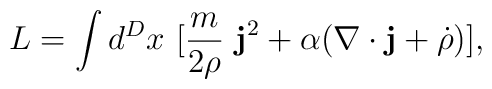
L = \int d^Dx ~[\frac{m}{2 \rho} ~{\bf j}^2 + \alpha(\nabla \cdot {\bf j} + \dot{\rho})],